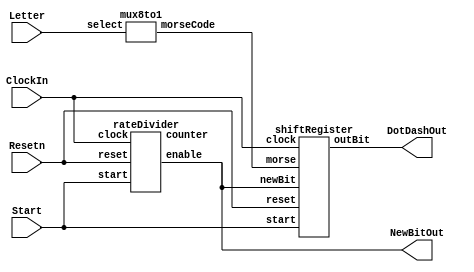
module part3 (ClockIn, Resetn, Start, Letter, DotDashOut, NewBitOut);
	input ClockIn;
	input [2:0] Letter;
	input Resetn;
	input Start;
	output NewBitOut;
	output DotDashOut;
	wire enable;
	wire [11:0] morseCode;
	wire [7:0] counter;
	
	
		
	
	mux8to1 p0(Letter[2:0], morseCode[11:0]);
	rateDivider p1(ClockIn, enable, counter, Resetn,Start);
	assign NewBitOut = enable;
	shiftRegister p2(morseCode, Resetn, ClockIn, Start, enable, DotDashOut);	

	
	

endmodule



module mux8to1 (select, morseCode);

	input [2:0] select;
	output reg[11:0] morseCode;
	
	always @(*)
	    begin
		case (select)
		    3'b000: morseCode = 12'b101110000000;
		    
		    3'b001: morseCode = 12'b111010101000;

		    3'b010: morseCode = 12'b111010111010;

		    3'b011: morseCode = 12'b111010100000;
	
		    3'b100: morseCode = 12'b100000000000;

		    3'b101: morseCode = 12'b101011101000;

		    3'b110: morseCode = 12'b111011101000;

		    3'b111: morseCode = 12'b101010100000;

		    default: morseCode = 12'b0;
		endcase
	    end



endmodule

 

module rateDivider (clock, enable, counter, reset,start);
	input clock,reset,start;
	output enable;
	output reg[7:0] counter;
	
	//reg [7:0] D = 8'b11111001;
	
		
	
	always @(posedge clock)
	begin
		if(counter == 8'b0)

		begin
		    
		    counter <= 8'd249;
		    
		end
		
		else if(start == 1'b1)

		begin
		    counter <=8'b0;
		end

		else if(reset == 1'b0)

		begin
		    counter <= 8'd249;
		    
		end
		
		
		else

		begin
		    
		    counter <= counter - 1;
		    
		end
	end
	assign enable = (counter == 8'b0)? 1:0;
	
	
	

endmodule

		


module shiftRegister(morse, reset,clock,start,newBit,outBit);
	input newBit, reset, clock,start;
	input [11:0] morse;
	reg [11:0] Q;
	output outBit;
	reg tempBit;
	
	

	always@ (posedge clock)
	begin
	    if(reset == 1'b0)
	    begin
		
		 Q<= 12'b0;
		
		
	    end	
	    else if(newBit==1'b1 && start ==0)

	    begin
		
		tempBit <= Q[11];
		Q <= (Q << 1);

		
	    end

	    else if(start == 1'b1)

	    begin
		Q <= morse;
		
		
	    end
	    	   
	end
	
	assign outBit = tempBit;
	
	
endmodule